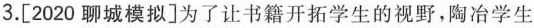
3.[2020聊城模拟]为了让书籍开拓学生的视野，陶冶学生